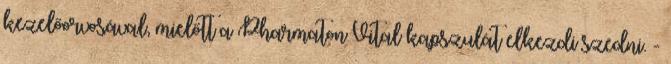
kezelőorvosával, mielőtt a Pharmaton Vital kapszulát elkezdi szedni. -